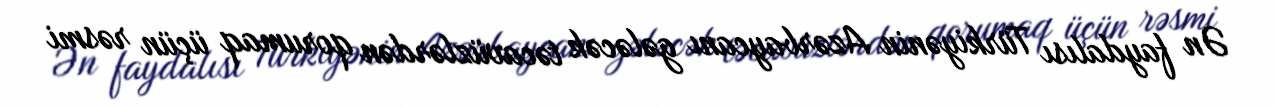
Ən faydalısı Türkiyənin Azərbaycanı gələcək təcavüzlərdən qorumaq üçün rəsmi